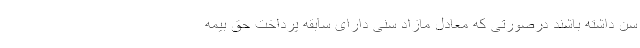
سن داشته باشند درصورتی که معادل مازاد سنی دارای سابقه پرداخت حق بیمه